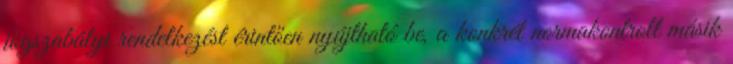
jogszabályi rendelkezést érintően nyújtható be, a konkrét normakontroll másik